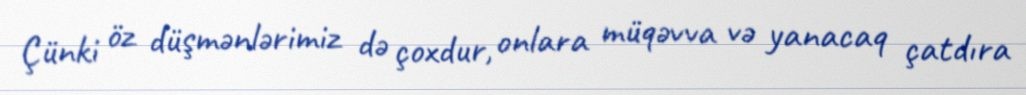
Çünki öz düşmənlərimiz də çoxdur, onlara müqəvva və yanacaq çatdıra